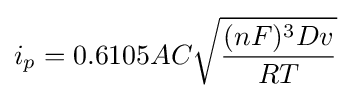
i_{p}=0.6105AC{\sqrt {\frac {(nF)^{3}Dv}{RT}}}